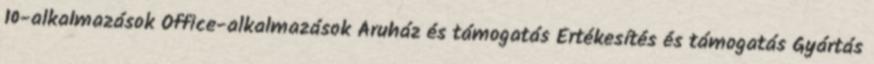
10-alkalmazások Office-alkalmazások Áruház és támogatás Értékesítés és támogatás Gyártás